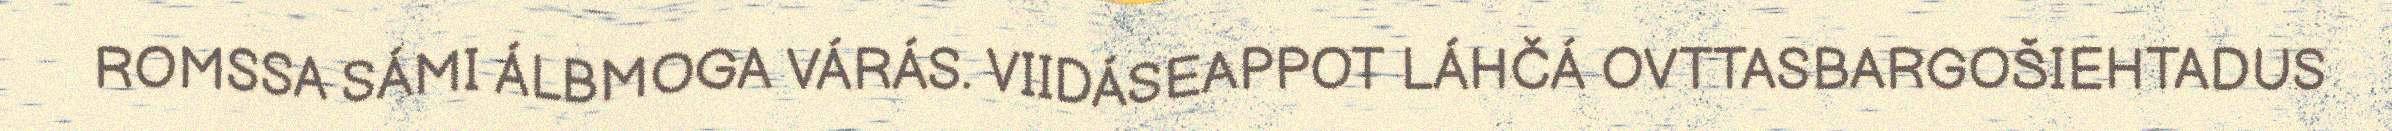
ROMSSA SÁMI ÁLBMOGA VÁRÁS. VIIDÁSEAPPOT LÁHČÁ OVTTASBARGOŠIEHTADUS